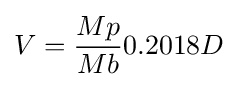
V={\frac {Mp}{Mb}}0.2018D